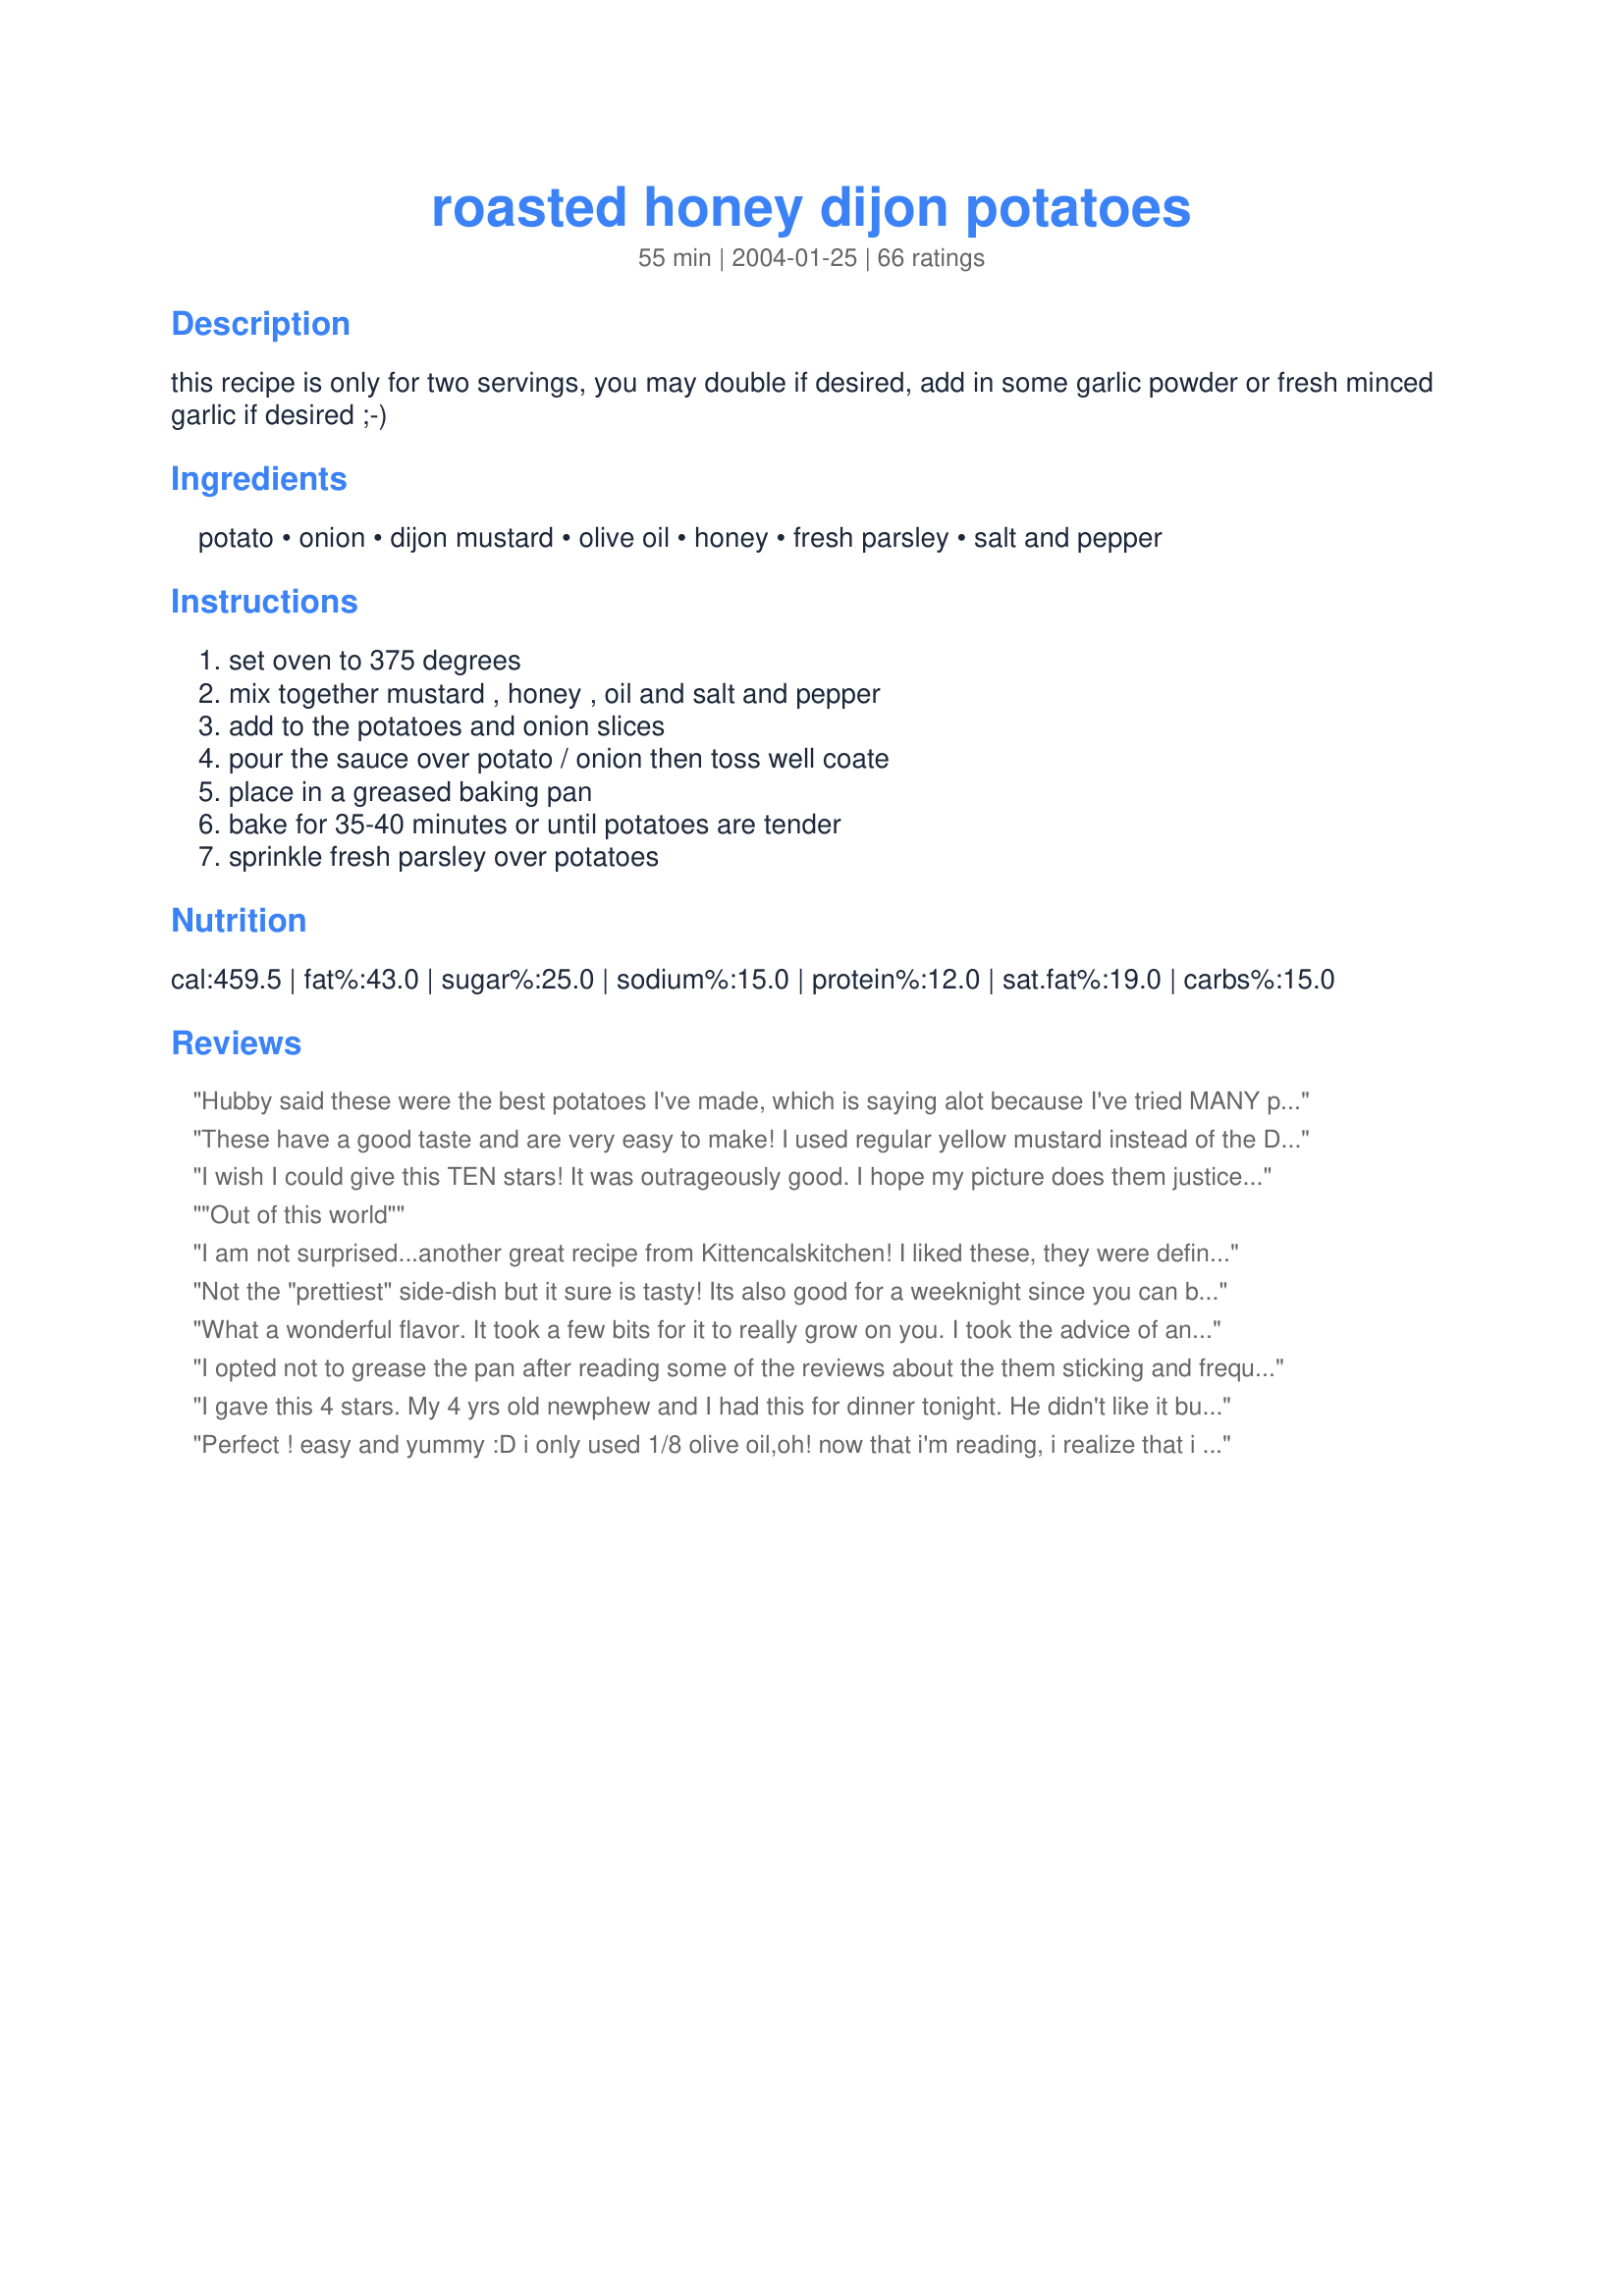
roasted honey dijon potatoes
Preparation time: 55 minutes

this recipe is only for two servings, you may double if desired, add in some garlic powder or fresh minced garlic if desired ;-)

Ingredients:
potato, onion, dijon mustard, olive oil, honey, fresh parsley, salt and pepper

Steps:
set oven to 375 degrees, mix together mustard , honey , oil and salt and pepper, add to the potatoes and onion slices, pour the sauce over potato / onion then toss well coate, place in a greased baking pan, bake for 35-40 minutes or until potatoes are tender, sprinkle fresh parsley over potatoes

Reviews:
Hubby said these were the best potatoes I've made, which is saying alot because I've tried MANY potatoe recipes. These were my 2nd or 3rd favourite:)
These have a good taste and are very easy to make! I used regular yellow mustard instead of the Dijon mustard. I will try it the next time with the Dijon to see if it makes a big difference in the finished taste! I used 4 tablespoons of honey instead of 2! I added 4 drops of hot sauce at the beginning of cooking, I did these on the stove top rather than in the oven, it took the same amount of time, either way it will work.
I wish I could give this TEN stars! It was outrageously good. I hope my picture does them justice, because my family went wild over them. We will be making these often since they are so easy and delicious! I added a little sprinkling of Herbs de Provence and it is an understatement that these were TO DIE FOR! Thank you for this recipe. :)
"Out of this world"
I am not surprised...another great recipe from Kittencalskitchen! I liked these, they were definitely different. I made these as a side dish to steak (used Kittencalskitchen recipe for marinade and tenderizer for pork or beef). Between the honey in these potatoes and the honey in the marinade, I may have been on honey overload. But, that has nothing to do with the recipe, again, both recipes from Kittencalskitchen were a hit with me.
Not the "prettiest" side-dish but it sure is tasty! Its also good for a weeknight since you can basically forget about it while you prepare your protein dish. The recipe didn't indicate peeling the potatoes so I opted to leave the skins on; I stirred them several times while baking. Thanx Carol!

What a wonderful flavor. It took a few bits for it to really grow on you. I took the advice of another reviewer and added Herbs de Provence. Came out excellent. Will be making this again. Thanks for posting Kittencal.
I opted not to grease the pan after reading some of the reviews about the them sticking and frequent turning was required. Instead I used non-stick foil, so I didn't have the browning that others did, but if I cared too I could have popped them under the broiler. My eldest DS was bummed, he had 2 helpings and wanted a 3rd serving, but I wanted to bring some leftovers to my MIL..
Thanks a bunch again Carol!
I gave this 4 stars. My 4 yrs old newphew and I had this for dinner tonight. He didn't like it but I thought it was good. I ran out of dijon mustard so I had to use 3 tbl. yellow mustard. I forgot to add the parsley. Mine took 40 minutes to bake. I think next time I'll try the grainy mustard and some more seasonings. Thanks for posting a good recipe! Christine (internetnut)
Perfect ! easy and yummy :D
i only used 1/8 olive oil,oh! now that i'm reading, i realize that i forgot the parsley ... grr.
I used real dijon mustard and "moutarde a l'ancienne" with mustard seeds =)
These were great. Wish there was a bit more flavor to it- we used stone ground mustard instead of Dijon. I will likely make this again, maybe adding a bit of heat to it or a splash of soy sauce or balsamic vinegar. Yum.
I had a bit of difficulty with this because I doubled the recipe and then tried to use a pan that was too small. I ended up moving the potatoes to a half-sheet and cooking them again (I think for the full amount of time) after the rest of dinner was done. Oops. I thought the flavor was really good, though, and I will certainly make them again. I also neglected to add any parsley because by the time they were cooked I was the only one still interested anyway. I served these with Recipe #335534 and Pan-Roasted Broccoli With Lemon Browned Butter.
I liked these potatoes very much - they went great with brats on the grill. I made the sauce a few hours before dinner since I knew I'd be short on prep time. I love how the dijon turns the potatoes sweet and the everything was done just right after 45 minutes. DH hates mustard, but he enjoys these potatoes anyway.
Made this tonight and served it with ham. It was very good. I doubled the recipe and baked it in a 15x10 Pyrex baking dish sprayed with PAM. Stirred the potatoes twice while baking. Potatoes were tender in about 45 minutes.
Loved these and want them again already!
These were very good! Five stars - I'll be making them again! I only had about 1/8 cup of olive oil, but that didn't seem to cause any problems and these cooked perfectly!
I didn't enjoy these at all. I was very disappointed since I have enjoyed most of Kittencal's recipes. These had no zest that I thought the mustard would bring & the flavor of the potato disappeared. I really don't know what I would have done different, but I think the sauce may have been better on a salad. Sorry Kittencal.
This recipe was okay, I think something is missing, but I am not sure what!
I cut these potatoes into slices,and just for the record used two russet potatoes and half an onion. Otherwise, everything exactly as stated. Turned out great, will definitely make again.
I must agree with the others,these were SO yummy... and talk about easy to throw together! I was a little leary about the dijon mustard but it was wonderful! I didn't have any fresh parsley so I used a little dried, other than that followed the recipe exactly. My husband loved them and proclaimed them the best part of the meal! Thanks Kittencal these will be made over and over again!
These had a nice flavor, but I don't think I quite added enough salt to them. When I make these again, I'm planning to add in a bit of garlic and top with bacon as another reviewer suggested.
woohoo! Served these with baked beans. DH mixed them together. This recipe is now on the regular menu rotation. Thanks!
I made this dish as an alternative to potato kugel - what a nice & refreshing change with the added bonus of being half the work! Thanks - will definitely make this again real soon!!
Very tasty! The cooking time worked great for my oven, too. Next time I may cut the amount of oil a bit, since they potatoes seemed overly oily. Thanks!
NIce potato recipe. I doubled the sauce and it cooked nicely. I might try adding garlic next time. My dh really enjoyed it. Thanks for posting.
What a great side. I made these last night to go with some tuna patties and we loved these little gems. The honey mustard is wonderful wit these potatoes (I would have never thought) and the thinly sliced onions is a bonus gem. We loved them and will continue to make, Thank you so much for this lovely side.
I was a bit worried about the onion because I don't like onions with any sort of 'rawness' to them. I sliced them really thin and when it came time to taste the final dish I actually really enjoyed the onions mixed with the honey Dijon sauce. So, for me to actually pick out onions as something I particularly liked about a dish is a victory alone because I am the one usually picking them out of a dish. The recipe as a whole was very easy to put together and as somebody that only cooks for two it was so nice to have this recipe be for two so I didn't have to scale down a recipe for a change. I served this with some pork chops and it was a great pairing. Made for Cookbook Tag.
My family and I thought these potatoes were some of the best we have ever had. Totally loved the mustard sauce. Will be a regular at my house. Thanks.
Mmmm....Mmmmm....Mmmmm... Made your recipe on Friday evening to go along with supper after seeing the photo and reading the ingredients on Zaar the same day. I never changed or added anything extra and the potatoes turned out perfect and absolutely delicious. Gee, they're even good cold!!! As I am watching my fat intake and calories hubby got to eat most of them, while I just had a sampling. There was enough left over for him to have this morning along with scrambled eggs. Will definitely be adding this one to my "all time favorites" cookbook. Thanks for sharing.
These are amazing potatoes! My only issue was I used too many potatoes but forgot to increase the sauce. The 2nd time I made them I made sure to increase the sauce, because it's the best part! Really good with pork dishes.
Easy and delicious! Especially the onions. Although I greased the pan before throwing the mixture in, it did stick a bit but that was okay, it wasn't for company! Potatoes browned nicely...I stirred them a couple of times so they would brown evenly. Thanks for a new potato dish, Kittencal!
M&Mers
These were delicous!! The flavor was wonderful and my family wolfed these right down!!
The only change I made was to add a little extra honey and onion. They were perfectly browned, didn't stick and just plain good! This recipe is going right into my favorites cookbook. Thanks kittencal!!
I really liked these - I thought it tasted like warm potato salad. Maybe I will add bacon next time. I think all of your recipes are delightful. Hubby said they were "different", but what do men know?
I agree...these were just average.
The family was concerned because they weren't the normal potato dish but they turned out great! We added a bit of garlic and topped with mozzarella cheese.
I doubled this recipe. It was so yummy! I did not use the fresh parsley, as I do not like it. Such an easy, delicious side dish. I served this with steamed asparagus and mustard-garlic glazed salmon. It all went together really well. The two people I made this for thought it was fabulous!!! And it really was. I will definately be making this all the time.
This was a big hit. I was able to adapt it for my diabetic family by leaving out the honey and using honey mustard instead of dijon. We also used a big sweet onion instead of a small one. I used Idaho potaoes since red or white wasn't specified. So yummy!
This recipe was waaaay too sweet for my taste. I added salt and garlic powder, but it was still too sweet. Then I put some ketchup on top to see if it tasted better that way, and it was good in small amounts (1/4 cup or so at a time). Sorry Kittencal. I am hoping that your garlic buns are better.
I loved the flavor of these. However, my DH said he thought they were just O.K. and would have been better without the onions. I loved them just the way they were. I sliced the onions nice and thin and cooked it for about 40 - 45 minutes or until the onions had started to carmelize a little. That was my favorite part! Thanks Kitten for another great recipe!
We loved these potatoes! I halved the recipe and used parchment paper (my new best friend). They browned up beautifully! As others have said, I agree it is one of the best potato recipes I have tried......a definite keeper!
Thanks Kittencal!
Yum! These are so good and so easy. I let mine cook for about 40 minutes without stirring them. Next time I would stir them halfway through. Even slightly black on the bottom they were fabulous!
Thanks for posting another great way to roast potatoes -- we liked this and it was especially good with whole grain mustard. Thanks.
These were delicious. As far as flavor goes this is a definite five star. The only reason why I'm not giving it the full five stars is because the onions did not cook at the same rate as the potatoes so they still were kind of crunchy instead of nice and soft the way they are when I fry them up over a low flame for a good long time. Next time (there will be a next time for sure) I will fry the onions first and then add them to the potatoes. Yummy!
Considering my husband isn't a fan of the potato, and he had SECONDS of this, I'd consider this recipe a keeper! I doubled the sauce and made a little extra potato. Next time I might add a little extra salt and maybe a little garlic. Thanks!
Really good. I'll definitely make this again. I used red potatoes and left the skin on and they turned out pretty and flavorful.
I don't know if it was the recipe, my potatoes, or my oven but I had to bake the dish for over an hour. I followed the directions exactly and the dijon taste was too strong so I added more honey. It was good but it wasn't the "greatest".
Good at dinner with a side of beef and veggies or breakfast with turkey bacon and eggs.
So simple and delicious! I used 3 lbs. of potatoes to serve 6-8, but just doubled the sauce ingredients and it came out great.
Thanks for sharing the recipe.
We really liked these potatoes! I made them last Sunday and had leftovers during the week. I couldn't even imagine what they would taste like when I put them in the oven, but they turned out delicious! Thanks for posting another winner Kittencal!
Goo-ood! Smelled great baking too. I cut WAY back on the olive oil (I maybe put a tablespoon in there) and it was great. Served with a pork tenderloin. Good stuff!
Easy and very good!
Wonderful, different way to prepare roasted potatoes. The onions in them were especially delicious. Thanks!
Ok, what I need to do is stay away from potato recipes that have Kittencal as the contributor, because it seems I cannot stop eating the potato recipes of yours that I have tried. I made this recipe earlier in the day to serve at room temp later in the day, and bad news for everyone else because I am sure there will not be that many left. Delicious, easy and man does my house smell fantastic! Thanks for another winner of a recipe!
Another winner from Kitten. My fussy hubby took one bite, moaned in delight and said 5 stars. Nuff said.
Wow! Not sure I can add much that hasn't already been said, wonderful flavor....I think I have a new favorite roasted potatoes recipe :) I doubled the recipe and added 1/2 tsp garlic powder to the mix. I also stirring halfway through and didn't have any trouble with them sticking. Thanks for sharing!
I loved these! Unfortunately, they weren't a big hit with my family---a little too much mustard for them. I'll probably make it again in the hope that it will grow on them!
These were average. I thought they were a little bland and needed something else. I even used garlic powder. I didn't use enough onions which would have helped, I think. I was a little concerned about them having too strong of a mustard taste, since my kids don't like mustard, but they didn't at all. The kids liked them with ketchup. I'm not sure I will make these again as I have another roasted potato recipe I use all the time. I was out of some of those ingredients, so that is why I tried this one. This is not bad by any means, but nothing that screams "make me often." Thanks for your many wonderful recipes.
Totally awesome !!! These have become our favorite potatoes. Very easy to make. Followed recipe exactly and they are to die for. Also tried them with Sweet Potatoes (not yams)for a healthier substitute to regular potatoes along with a pinch of cayenne pepper instead of the black pepper. Also sprinkled a bit of ground flaxmeal for that healthy touch and they were very good too, however I myself prefer the regular potatoes. Thanks for the yummy keeper recipe.
This was good, but I wasn't a huge fan of the onions. Next time I'd probably use a full TBSP of honey, and cut down on the salt (I used about a tsp, too much!). But overall it was super easy to make and pretty tasty. Thanks Kitten!
I thought this recipe was great! Very simple and very tasty. I thought the amount of mustard might be overpowering but it really mellowed. The onions were nice and creamy and it all tasted great! This is the second recipe I have tried and LOVED from you. Thanks!
I really enjoyed these, Kittencal! The only thing I'll do differently next time is to add more mustard as the Dijon flavor really mellows out as the potatoes roast--I prefer a sharper flavor. Had no onions but a sprinkling of onion powder made this recipe a treat to eat. Thanks for posting!
Kitt another wonderful side dish that we enjoyed! I used yukon gold potatoes and doubled them so we would have leftovers. The honey mustard sauce is very good and tastes great on the potatoes. I added the potatoes to a zippered plastic bag then added the other ingredients. Tossed them around a bit in the bag then placed on a cookie sheet and baked for about 45 minutes. If you like honey mustard you will enjoy these a lot. Made and reviewed for KC's Grilling Tag Game.
Another great recipe by Kittencal! These made a wonderful side dish to go with our steak tonight. I love the dijon and honey flavors together. Yummy!
Thanks to you Kittencal, I'm a hero! Everyone at our birthday bash gobbled up these spuds in a flash.I did not adjust a thing and... perfecto.
Great side dish - easy to make, uses staple items, and the family loved it - who could ask for more??
Nice and tangy! Easy! Even better reheated! thanks!
These potatoes were quite honestly some of the best I have tasted. Easy to put together with excellent results. They browned beautifully and had a wonderful flavour. I will make these again, often! Thanks!
